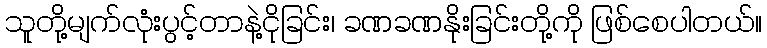
သူတို့မျက်လုံးပွင့်တာနဲ့ငိုခြင်း၊ ခဏခဏနိုးခြင်းတို့ကို ဖြစ်စေပါတယ်။